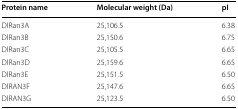
| Protein name | Molecular weight (Da) | pI |
 | --- | --- | --- |
 | DlRan3A | 25,106.5 | 6.38 |
 | DlRan3B | 25,150.6 | 6.75 |
 | DlRan3C | 25,105.5 | 6.65 |
 | DlRan3D | 25,159.6 | 6.65 |
 | DlRan3E | 25,151.5 | 6.50 |
 | DlRAN3F | 25,147.6 | 6.65 |
 | DlRAN3G | 25,123.5 | 6.50 |